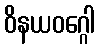
ဝိနယဝဂ္ဂေါ